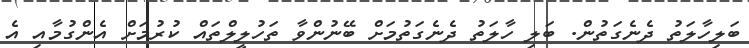
ބަލިހާލަތު ދެނެގަތުން. ބަލި ހާލަތު ދެނެގަތުމަށް ބޭނުންވާ ތަހުލީލްތައް ކުރުމަށް އެންގުމާއި އެ